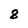
Character: 8